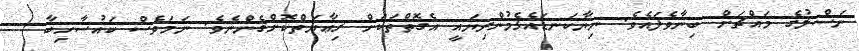
ނަސްލުގެ މައްޗަށް ބިނާވެފައެވެ. ނިޔާކަނޑައެޅެމުންދިޔައީ އެގޮތްތަކަށް ރިޢާޔަތްކޮށްގެންނެވެ. ނަމަވެސް ކައުސާހިބާ